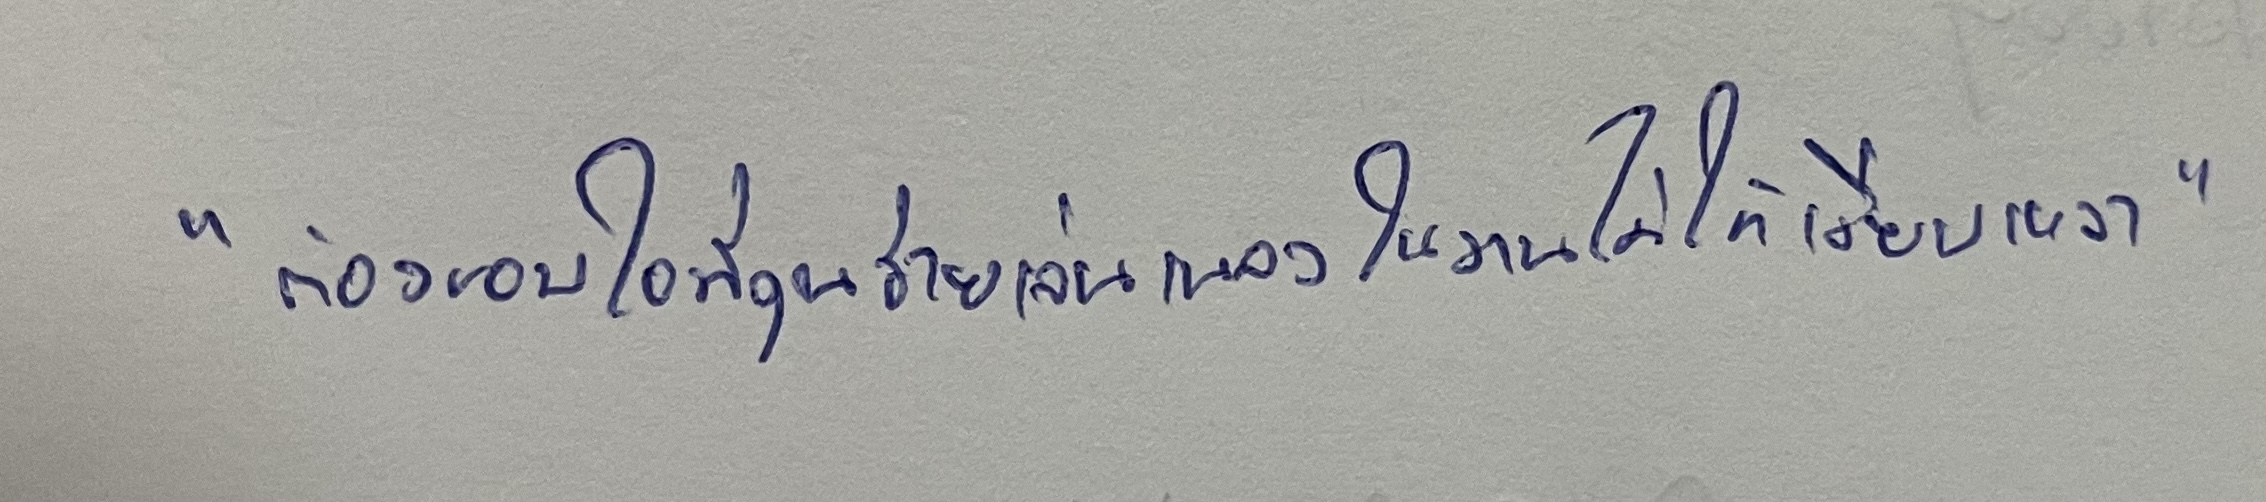
"ต้องขอบใจที่คุณช่วยเล่นเพลงในงานไม่ให้เงียบเหงา"